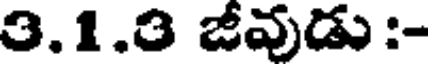
3.1.3 జీవుడు :-